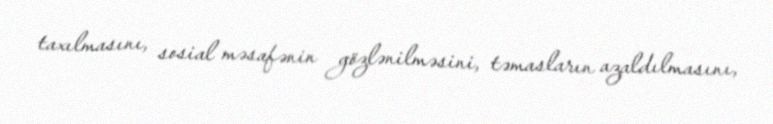
taxılmasını, sosial məsafənin gözlənilməsini, təmasların azaldılmasını,